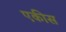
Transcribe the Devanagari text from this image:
एकीस